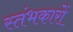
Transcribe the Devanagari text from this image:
स्‍तंभकारों